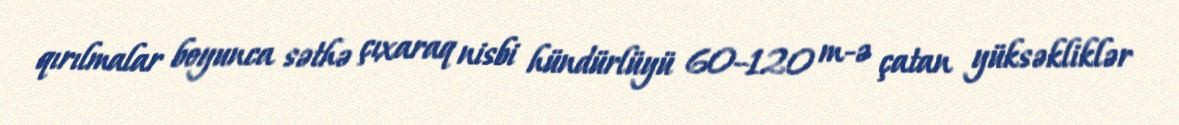
qırılmalar boyunca səthə çıxaraq nisbi hündürlüyü 60–120 m-ə çatan yüksəkliklər